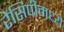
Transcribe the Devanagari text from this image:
रेसिपीमध्ये